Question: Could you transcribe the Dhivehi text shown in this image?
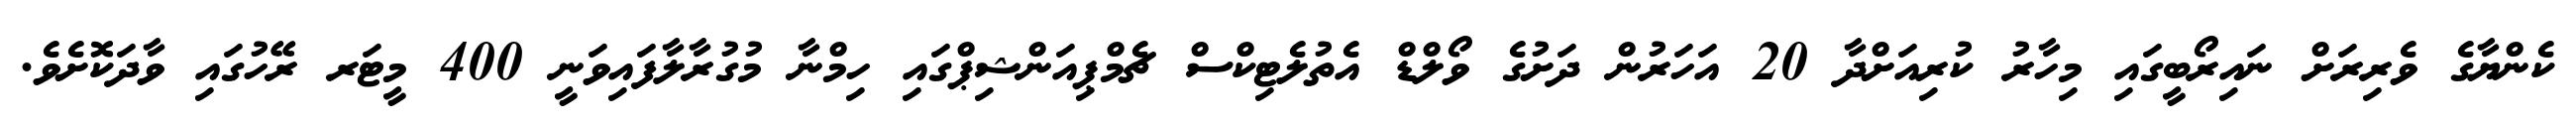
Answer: ކެންޔާގެ ވެރިރަށް ނައިރޯބީގައި މިހާރު ކުރިއަށްދާ 20 އަހަރުން ދަށުގެ ވޯލްޑް އެތުލެޓިކްސް ޗެމްޕިއަންޝިޕްގައި ހިމްނާ މުގުރާލާފައިވަނީ 400 މީޓަރ ރޭހުގައި ވާދަކޮށެވެ.